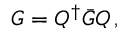
G = Q ^ { \dagger } { \bar { G } } Q \, ,